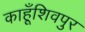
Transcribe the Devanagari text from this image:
काहूँशिवपुर